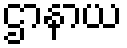
ဌာနာယ